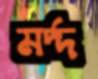
মর্দ্দ